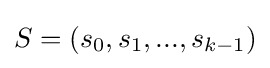
S=(s_{0},s_{1},...,s_{k-1})